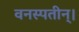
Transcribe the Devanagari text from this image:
वनस्पतीन्।